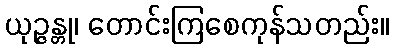
ယုဉ္ဇန္တု၊ တောင်းကြစေကုန်သတည်း။